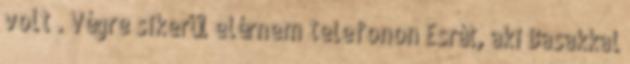
volt . Végre sikerül elérnem telefonon Esrát, aki Basakkal